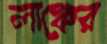
লাঞ্চের